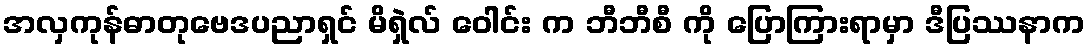
အလှကုန်ဓာတုဗေဒပညာရှင် မိရှဲလ် ဝေါင်း က ဘီဘီစီ ကို ပြောကြားရာမှာ ဒီပြဿနာက